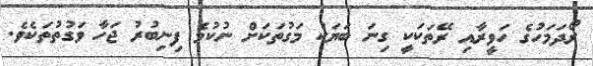
ރޯދަމަހުގެ ހަވީރާއި ރޭތަކަކީ ގިނަ ބަޔަކު މަގުތަކަށް ނުކުމެ ފިނިބުރު ޖަހާ ވަގުތުތަކެވެ.